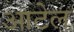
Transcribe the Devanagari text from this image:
आटेल